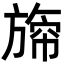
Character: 𣄐